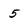
Character: 5